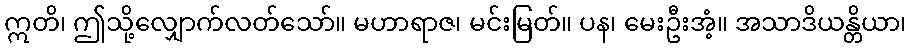
ဣတိ၊ ဤသို့လျှောက်လတ်သော်။ မဟာရာဇ၊ မင်းမြတ်။ ပန၊ မေးဦးအံ့။ အသာဒိယန္တိယာ၊